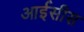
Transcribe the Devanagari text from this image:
आईसीस